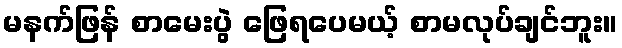
မနက်ဖြန် စာမေးပွဲ ဖြေရပေမယ့် စာမလုပ်ချင်ဘူး။